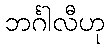
ဘင်္ဂါလီဟု